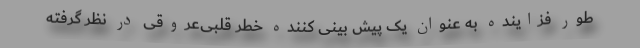
طور فزاینده به عنوان یک پیش بینی کننده خطر قلبی‌عروقی در نظر گرفته